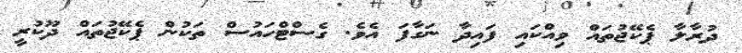
ދުރާލާ ޕެކޭޖުތައް ވިއްކައި ފައިދާ ނަގާފަ އެވެ. ގެސްޓްހައުސް ތަކުން ޕެކޭޖުތައް ދޫކުރީ